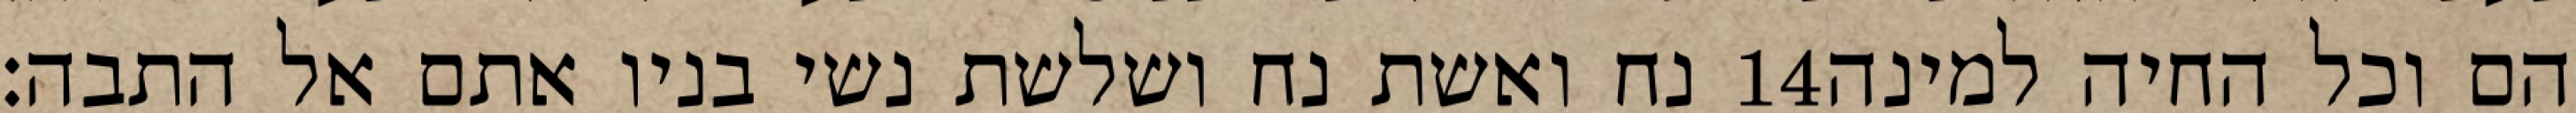
נח ואשת נח ושלשת נשי בניו אתם אל התבה׃ ‎14‏ הם וכל החיה למינה